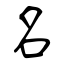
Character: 名